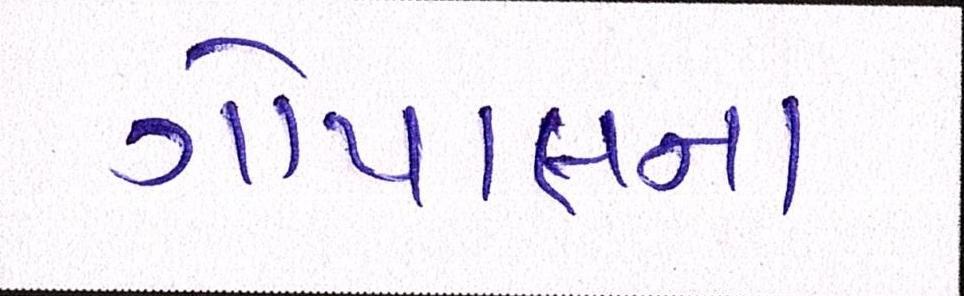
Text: ગોપાલના